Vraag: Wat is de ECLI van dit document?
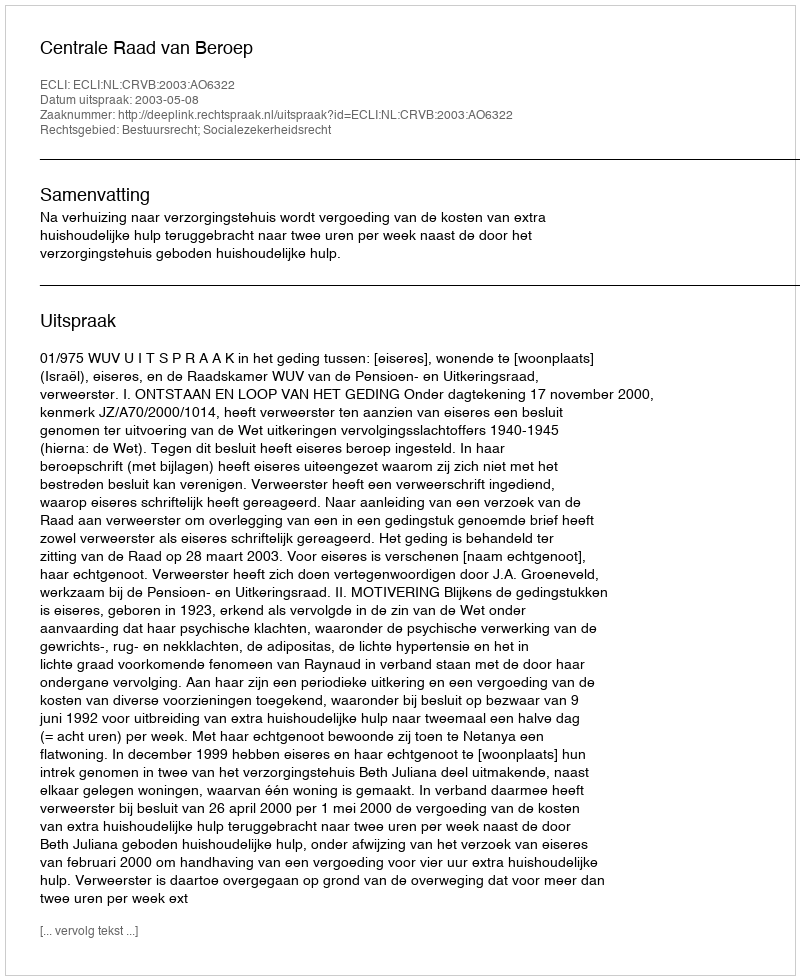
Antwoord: ECLI:NL:CRVB:2003:AO6322